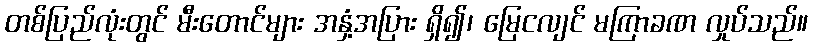
တစ်ပြည်လုံးတွင် မီးတောင်များ အနှံ့အပြား ရှိ၍၊ မြေငလျင် မကြာခဏ လှုပ်သည်။